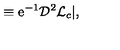
{ } \equiv \mathrm { e } ^ { - 1 } { \cal D } ^ { 2 } { \cal L } _ { c } | , { }